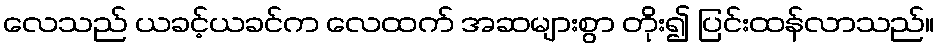
လေသည် ယခင့်ယခင်က လေထက် အဆများစွာ တိုး၍ ပြင်းထန်လာသည်။